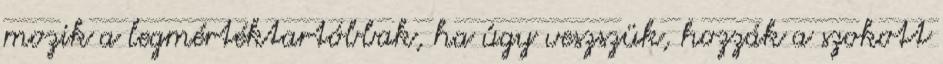
mozik a legmértéktartóbbak, ha úgy veszszük, hozzák a szokott